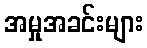
အမှုအခင်းများ